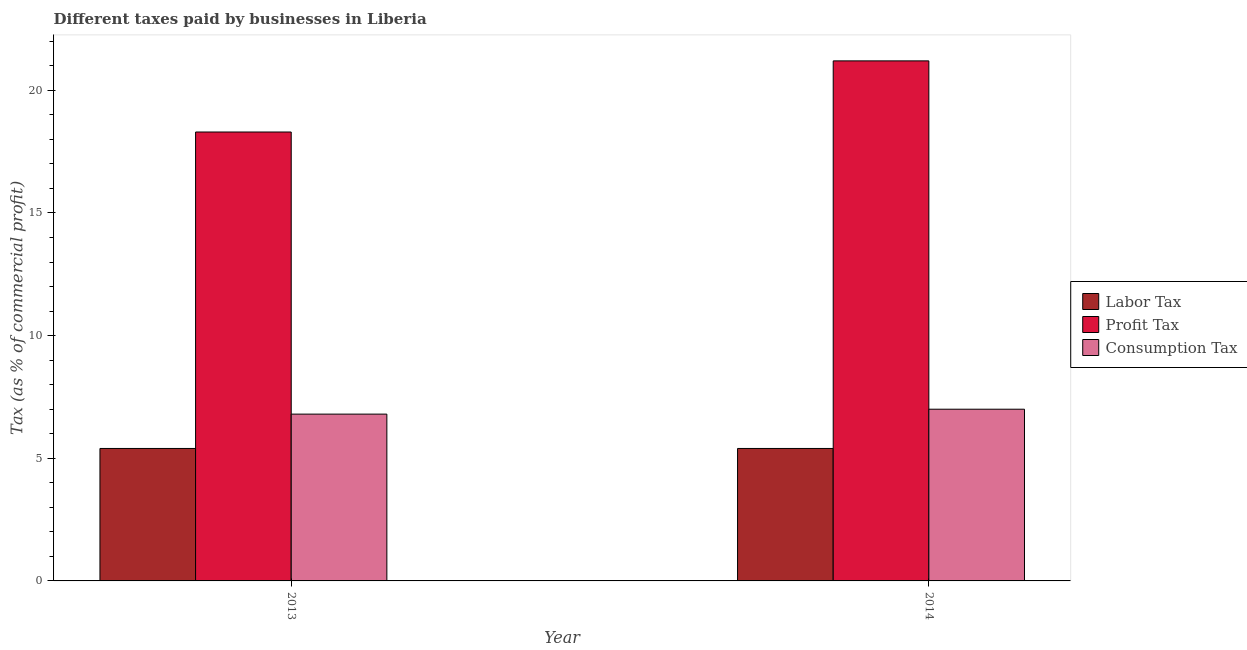
| Year | Labor Tax | Profit Tax | Consumption Tax |
 | --- | --- | --- | --- |
 | 2013 | 5.4 | 18.3 | 6.8 |
 | 2014 | 5.4 | 21.2 | 7 |